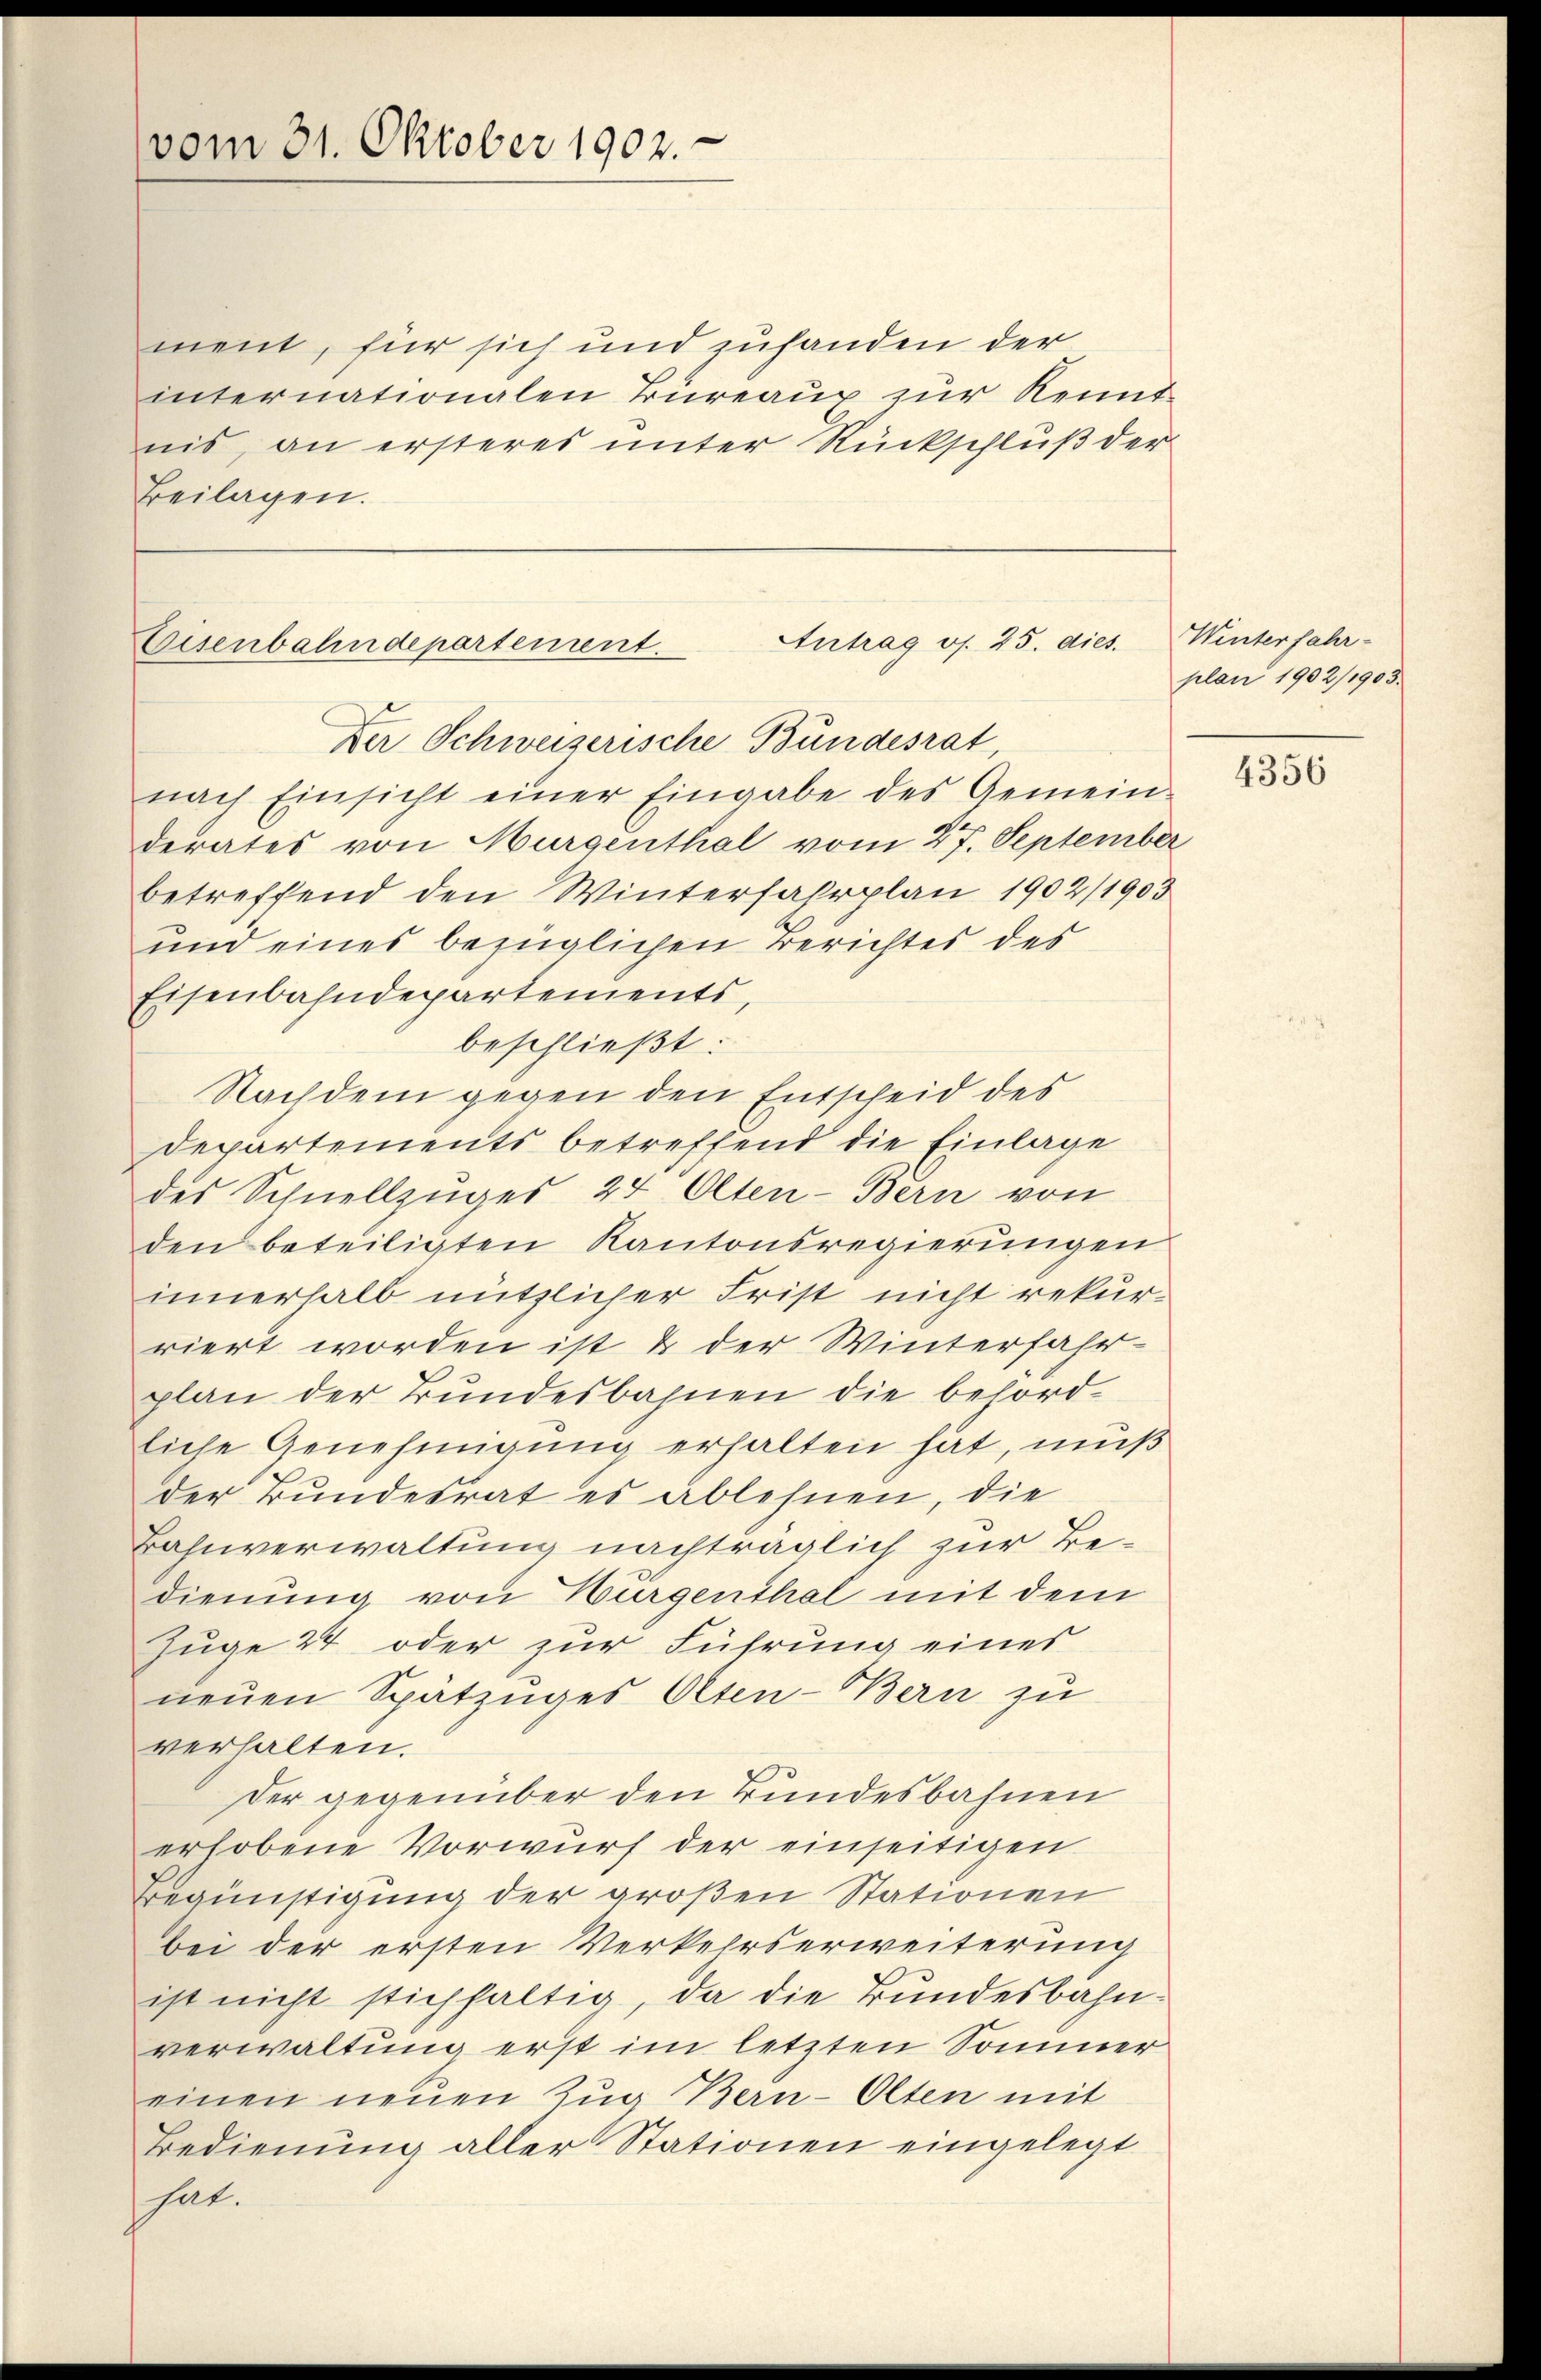
vom 31. Oktober 1902.

ment, für sich und zuhanden der
internationalen Türeaux zur Kenntnis, an ersteres unter Rückschluß der
Beilagen.

Antrag os. 25. dies.
Eisenbahndepartement.
Der Schweizerische Bundesrat,

nach Einsicht einer Eingabe des Gemein-
derates von Murgenthal vom 27. September
betreffend den Winterfahrplan 1902/1903
und eines bezüglichen Berichtes des
Eisenbahndepartements,
beschließt:
Nachdem gegen den Entscheid des
Departements betreffend die Einlage
des Schnellzuges 24 Olten-Bern von
den beteiligten Kantonsregierungen
innerhalb nützlicher Frist nicht rekurriert worden ist & der Winterfahrplan der Bundesbahnen die befordliche Genehmigung erhalten hat, muß
der Bundesrat es ablehnen, die
Bahnverwaltung nachträglich zur Bedienung von Burgenthal mit dem
Zuge 24 oder zur Führung eines
neuen Spätzuges Olten-Bern zu
verhalten.
Der gegenüber den Bundesbahnen
erhobene Vorwurf der einseitigen
Begünstigung der großen Stationen
bei der ersten Verkehrserweiterung
ist nicht stichfaltig, da die Bundesbahnverwaltung erst im letzten Sommer
einen neuen Zug Bern-Olten mit
Bedienung aller Stationen eingelegt
hat.

Winterfahr-
plan 1902/1903.

4356